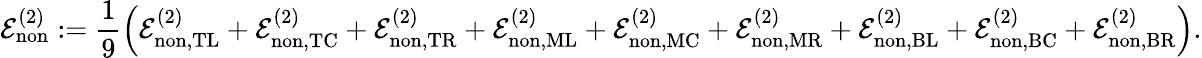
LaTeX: \mathcal{E}_{\mathrm{non}}^{(2)}:=\frac{1}{9}\left(\mathcal{E}_{\mathrm{non},\mathrm{TL}}^{(2)}+\mathcal{E}_{\mathrm{non},\mathrm{TC}}^{(2)}+\mathcal{E}_{\mathrm{non},\mathrm{TR}}^{(2)}+\mathcal{E}_{\mathrm{non},\mathrm{ML}}^{(2)}+\mathcal{E}_{\mathrm{non},\mathrm{MC}}^{(2)}+\mathcal{E}_{\mathrm{non},\mathrm{MR}}^{(2)}+\mathcal{E}_{\mathrm{non},\mathrm{BL}}^{(2)}+\mathcal{E}_{\mathrm{non},\mathrm{BC}}^{(2)}+\mathcal{E}_{\mathrm{non},\mathrm{BR}}^{(2)}\right).